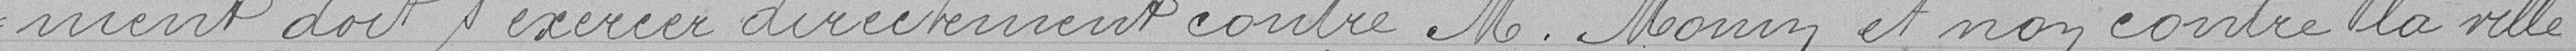
ment doit s'éxercer directement contre M.Monin et non contre la ville .